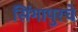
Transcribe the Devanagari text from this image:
सिंगापुरचे